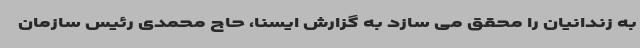
به زندانیان را محقق می سازد به گزارش ایسنا، حاج محمدی رئیس سازمان